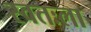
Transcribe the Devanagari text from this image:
स्‍वतःला